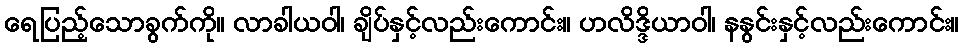
ရေပြည့်သောခွက်ကို။ လာခါယဝါ၊ ချိပ်နှင့်လည်းကောင်း။ ဟလိဒ္ဒိယာဝါ၊ နနွင်းနှင့်လည်းကောင်း။